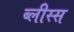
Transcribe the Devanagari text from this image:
ब्लीस्स